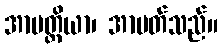
အာပတ္တိယာ၊ အာပတ်သည်။